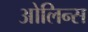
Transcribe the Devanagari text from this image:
ओलिन्स